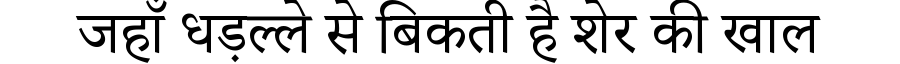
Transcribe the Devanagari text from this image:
जहाँ धड़ल्ले से बिकती है शेर की खाल